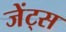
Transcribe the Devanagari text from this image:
जेंट्स